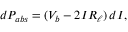
\mathop { d P _ { a b s } } = ( V _ { b } - 2 I R _ { \ell } ) \mathop { d I } ,